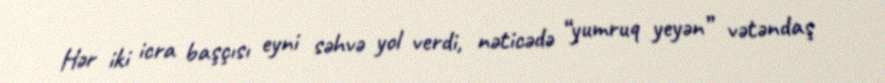
Hər iki icra başçısı eyni səhvə yol verdi, nəticədə “yumruq yeyən” vətəndaş